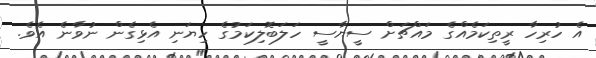
އެ ހުރިހާ ރީތިކަމެއްގެ މައްޗަށް ސީޔާސީ ހަލަބޮލިކަމުގެ ހިޔަނި އެޅިގެން ނުވާނެ އެވެ.